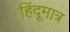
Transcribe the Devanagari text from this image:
हिंदूमात्र